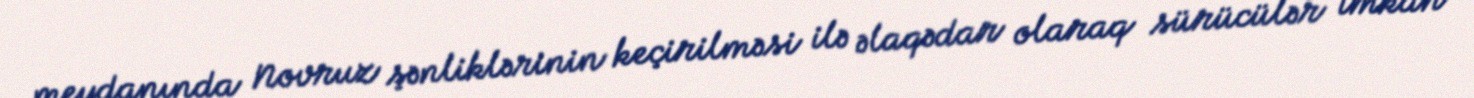
meydanında Novruz şənliklərinin keçirilməsi ilə əlaqədar olaraq sürücülər imkan